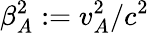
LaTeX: \beta_{A}^{2}:=v_{A}^{2}/c^{2}